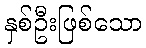
နှစ်ဦးဖြစ်သော